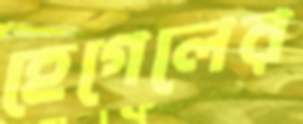
হেগেলের